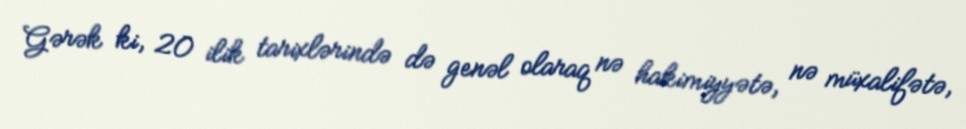
Gərək ki, 20 ilik tarixlərində də genəl olaraq nə hakimiyyətə, nə müxalifətə,